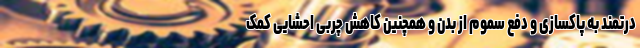
درتمند به پاکسازی و دفع سموم از بدن و همچنین کاهش چربی احشایی کمک